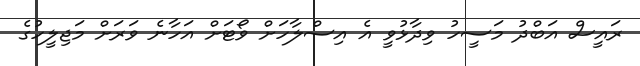
ރައީސް އަބްދު މަސީހު ވިދާޅުވީ އެ އިސްލާހަށް ވޯޓަށް އަހާނެ ވަރަށް މަޖިލީހުގެ